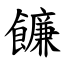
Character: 䭠